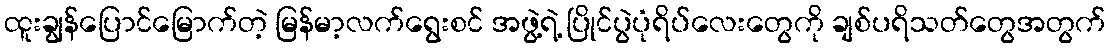
ထူးချွန်ပြောင်မြောက်တဲ့ မြန်မာ့လက်ရွေးစင် အဖွဲ့ရဲ့ ပြိုင်ပွဲပုံရိပ်လေးတွေကို ချစ်ပရိသတ်တွေအတွက်